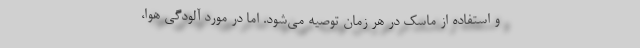
و استفاده از ماسک در هر زمان توصیه می‌شود. اما در مورد آلودگی هوا،